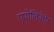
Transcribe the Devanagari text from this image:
एपोलिनेयेर